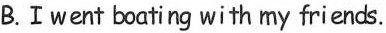
B.Ⅰwent boating with my friends.